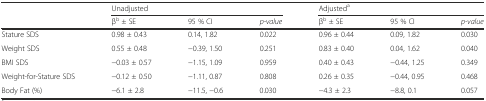
<table><thead><tr><td></td><td colspan="3"><b>Unadjusted</b></td><td colspan="3"><b>Adjusted<sup>a</sup></b></td></tr><tr><td></td><td><b>β<sup>b</sup> ± SE</b></td><td><b>95 % CI</b></td><td><b><i>p-value</i></b></td><td><b>β<sup>b</sup> ± SE</b></td><td><b>95 % CI</b></td><td><b><i>p-value</i></b></td></tr></thead><tbody><tr><td>Stature SDS</td><td>0.98 ± 0.43</td><td>0.14, 1.82</td><td>0.022</td><td>0.96 ± 0.44</td><td>0.09, 1.82</td><td>0.030</td></tr><tr><td>Weight SDS</td><td>0.55 ± 0.48</td><td>−0.39, 1.50</td><td>0.251</td><td>0.83 ± 0.40</td><td>0.04, 1.62</td><td>0.040</td></tr><tr><td>BMI SDS</td><td>−0.03 ± 0.57</td><td>−1.15, 1.09</td><td>0.959</td><td>0.40 ± 0.43</td><td>−0.44, 1.25</td><td>0.349</td></tr><tr><td>Weight-for-Stature SDS</td><td>−0.12 ± 0.50</td><td>−1.11, 0.87</td><td>0.808</td><td>0.26 ± 0.35</td><td>−0.44, 0.95</td><td>0.468</td></tr><tr><td>Body Fat (%)</td><td>−6.1 ± 2.8</td><td>−11.5, −0.6</td><td>0.030</td><td>−4.3 ± 2.3</td><td>−8.8, 0.1</td><td>0.057</td></tr></tbody></table>